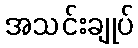
အသင်းချုပ်